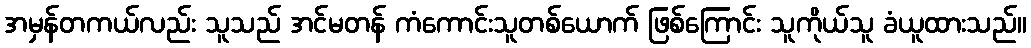
အမှန်တကယ်လည်း သူသည် အင်မတန် ကံကောင်းသူတစ်ယောက် ဖြစ်ကြောင်း သူကိုယ်သူ ခံယူထားသည်။